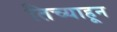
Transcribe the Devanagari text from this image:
तिच्याहून